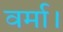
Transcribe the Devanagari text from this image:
वर्मा।